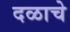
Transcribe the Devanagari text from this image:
दळाचे